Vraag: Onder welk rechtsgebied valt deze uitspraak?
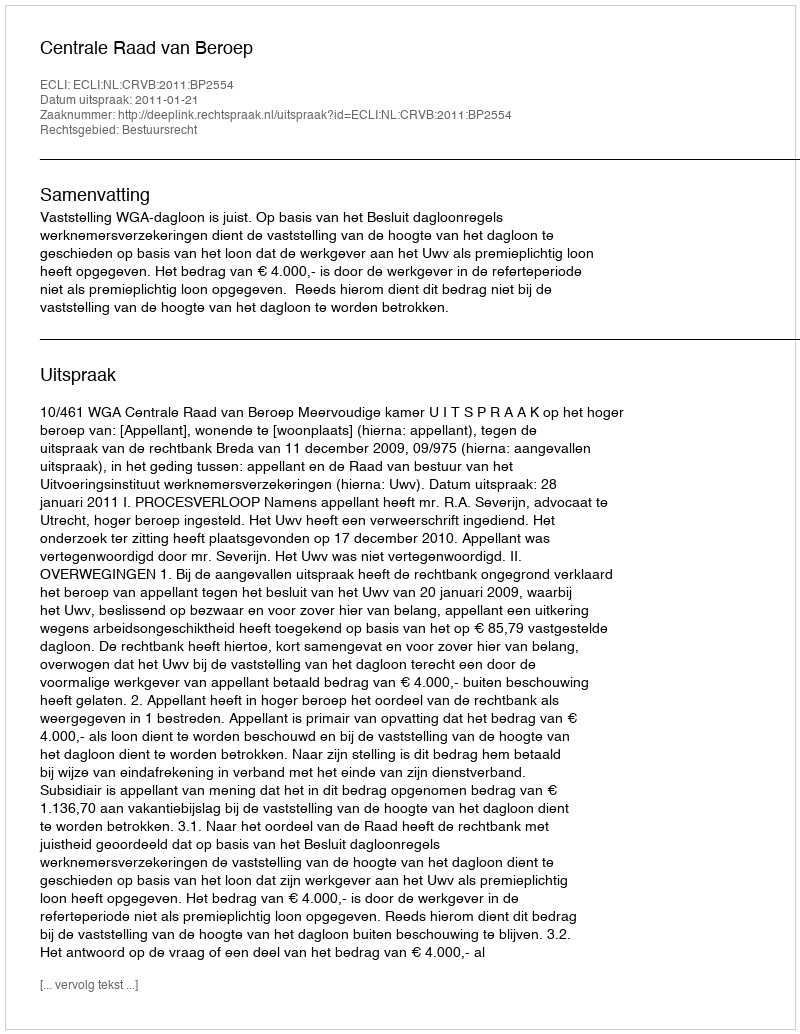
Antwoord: Bestuursrecht